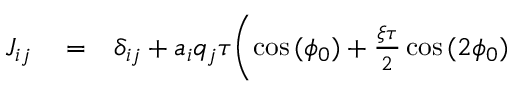
\begin{array} { r l r } { J _ { i j } } & { { } = } & { \delta _ { i j } + a _ { i } q _ { j } \tau \biggl ( \cos { ( \phi _ { 0 } ) } + \frac { \xi \tau } { 2 } \cos { ( 2 \phi _ { 0 } ) } } \end{array}